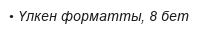
• Үлкен форматты, 8 бет